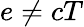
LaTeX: e\neq cT